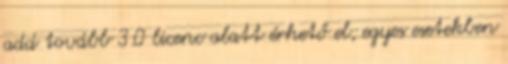
add tovább 3.0 licenc alatt érhető el; egyes esetekben